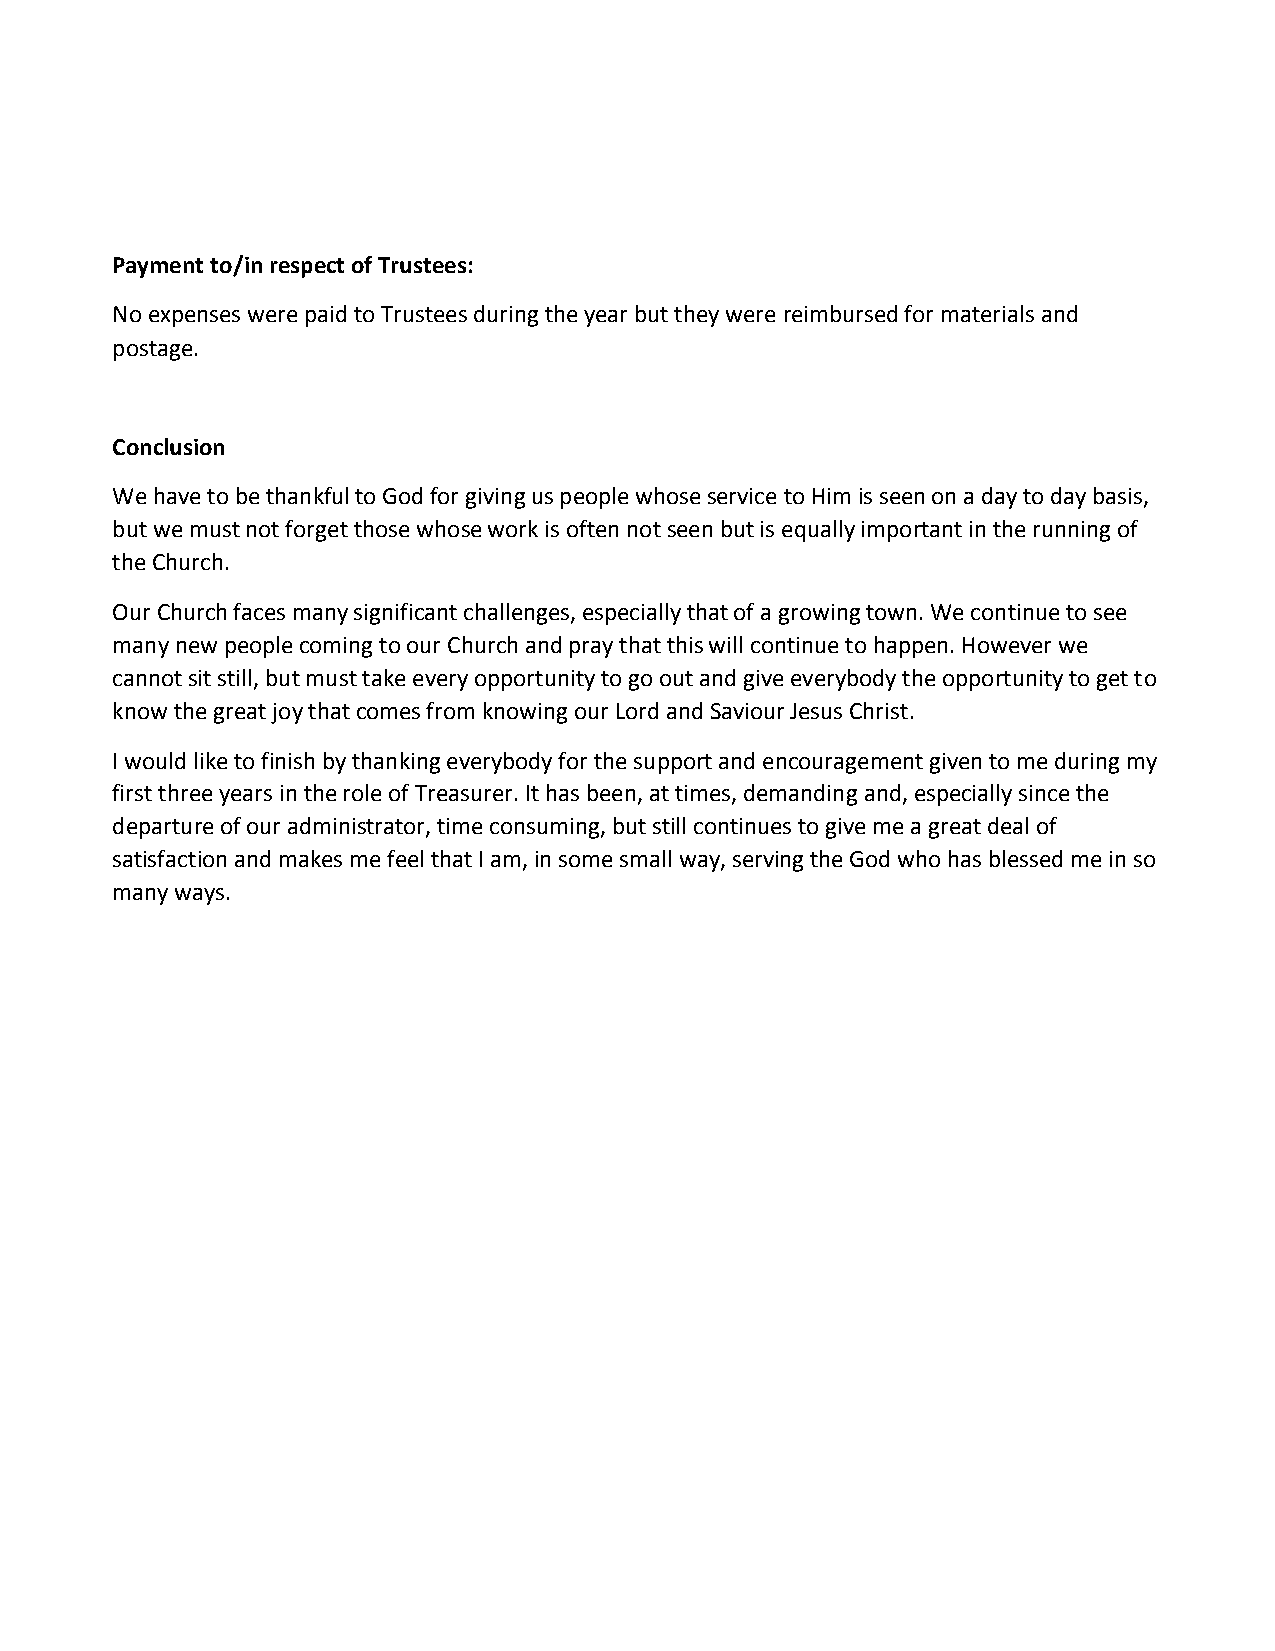
Payment to/in respect of Trustees:
 No expenses were paid to Trustees during the year but they were reimbursed for materials and
 postage.
 Conclusion
 We have to be thankful to God for giving us people whose service to Him is seen on a day to day basis,
 but we must not forget those whose work is often not seen but is equally important in the running of
 the Church.
 Our Church faces many significant challenges, especially that of a growing town. We continue to see
 many new people coming to our Church and pray that this will continue to happen. However we
 cannot sit still, but must take every opportunity to go out and give everybody the opportunity to get to
 know the great joy that comes from knowing our Lord and Saviour Jesus Christ.
 I would like to finish by thanking everybody for the support and encouragement given to me during my
 first three years in the role of Treasurer. It has been, at times, demanding and, especially since the
 departure of our administrator, time consuming, but still continues to give me a great deal of
 satisfaction and makes me feel that I am, in some small way, serving the God who has blessed me in so
 many ways.